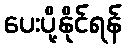
ပေးပို့နိုင်ရန်